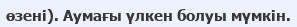
өзені). Аумағы үлкен болуы мүмкін.